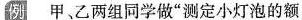
例 甲乙两组同学做”测定小灯泡的额